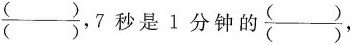
\frac{()}{()},7秒是1分钟的\frac{()}{()},